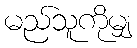
မည်သူကိုမျှ